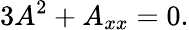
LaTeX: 3A^{2}+A_{xx}=0.